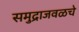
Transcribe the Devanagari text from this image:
समुद्राजवळचे